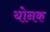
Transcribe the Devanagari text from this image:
योनक